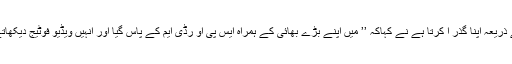
محمد اشرف جس کا ایک بڑا بھائی سورت میں ٹیلر ینگ کے ذریعہ اپنا گذر ا کرتا ہے نے کہاکہ ’’ میں اپنے بڑے بھائی کے ہمراہ ایس پی او رڈی ایم کے پاس گیا اور انہیں ویڈیو فوٹیج دیکھاتے ہوئے اس بات کی تصدیق کی یہ میرے والد کی نعش ہے۔